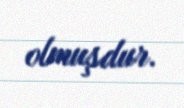
olmuşdur.